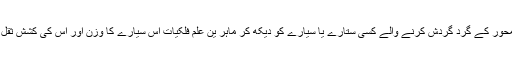
بالکل اسی طرح کسی محور کے گرد گردش کرنے والے کسی ستارے یا سیارے کو دیکھ کر ماہر ین علم فلکیات اس سیارے کا وزن اور اس کی کشش ثقل کی قوت بتاسکتے ہیں۔